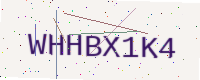
Text: WHHBX1K4